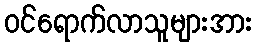
ဝင်ရောက်လာသူများအား